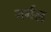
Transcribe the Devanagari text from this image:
नर्गल